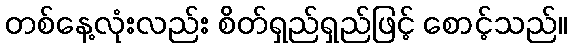
တစ်နေ့လုံးလည်း စိတ်ရှည်ရှည်ဖြင့် စောင့်သည်။